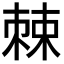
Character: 𪲸